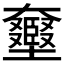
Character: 𡚛